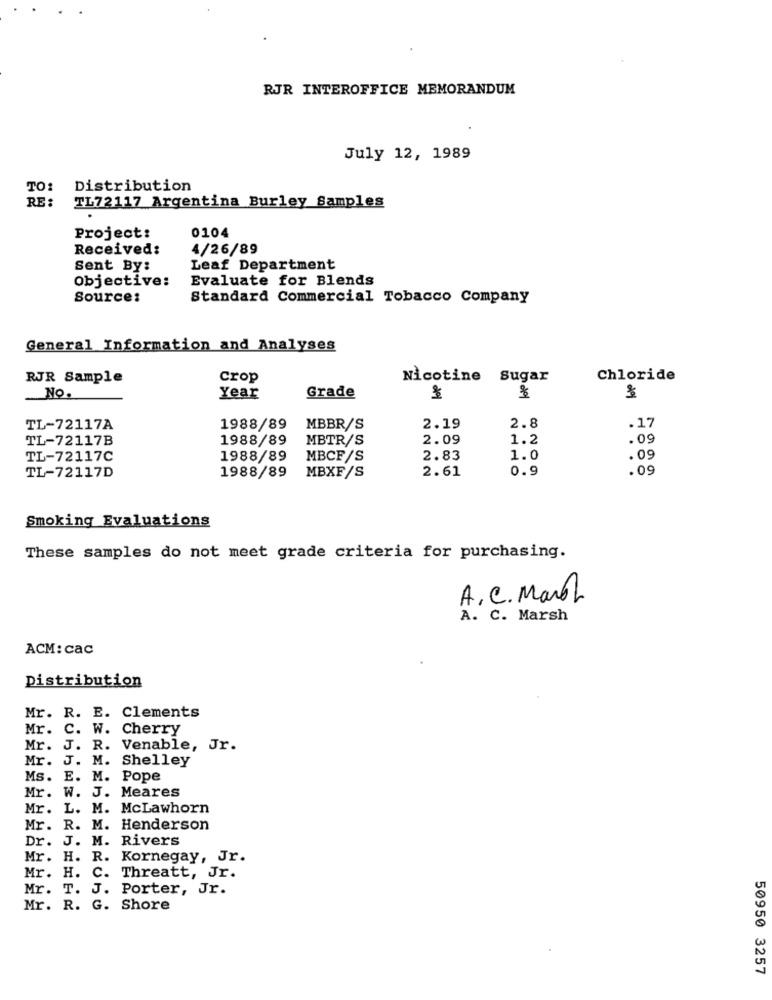
RJR INTEROFFICE MEMORANDUM
July 12, 1989
TO:
Distribution
RE :
TL72117 Argentina Burley Samples
Project:
0104
Received:
4/26/89
Sent By:
Leaf Department
Objective:
Evaluate for Blends
Source:
Standard Commercial Tobacco Company
General Information and Analyses
RJR Sample
Crop
Nicotine Sugar
Chloride
Grade
No.
Year
TL-72117A
1988/89
MBBR/S
2.19
2.8
.17
TL-72117B
1988/89
MBTR/S
2.09
1.2
.09
TL-72117C
1988/89
MBCF/S
2.83
1.0
.09
1988/89
2.61
0.9
.09
TL-72117D
MBXF/S
Smoking Evaluations
These samples do not meet grade criteria for purchasing.
A. C. Manol
A. C. Marsh
ACM: cac
Distribution
Mr. R. E. Clements
Mr. C. W.
Cherry
Mr. J. R. Venable, Jr.
Mr. J. M.
Shelley
Ms. E. M. Pope
Mr.
W. J. Meares
Mr. L. M. McLawhorn
Mr. R. M. Henderson
Dr. J. M. Rivers
Mr. H. R. Kornegay, Jr.
Mr. H. C. Threatt, Jr.
Mr.
T. J. Porter, Jr.
Mr. R. G. Shore
50950 3257